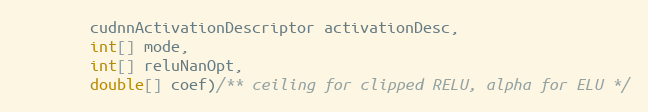
Language: Java
        cudnnActivationDescriptor activationDesc,
        int[] mode,
        int[] reluNanOpt,
        double[] coef)/** ceiling for clipped RELU, alpha for ELU */